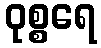
ဝုစ္စရေ